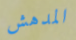
المدهش